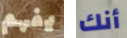
يفهم أنك